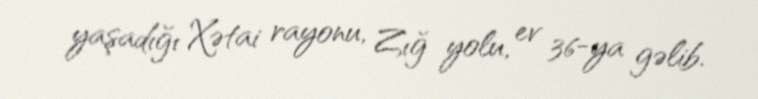
yaşadığı Xətai rayonu, Zığ yolu, ev 36-ya gəlib.